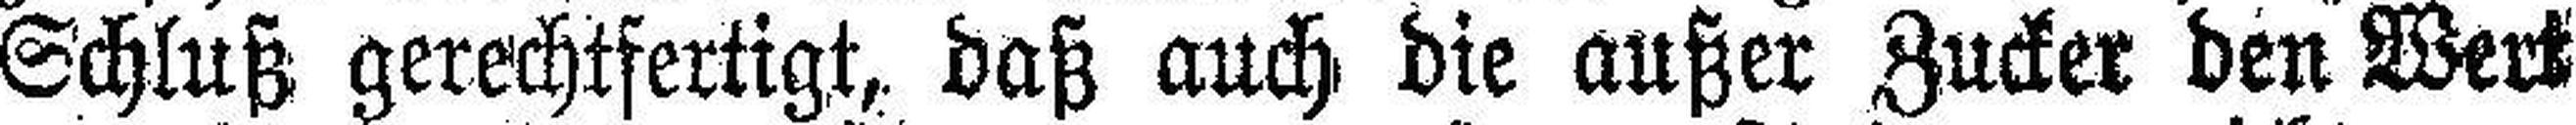
Schluß gerechtfertigt, daß auch die außer Zucker den Wert